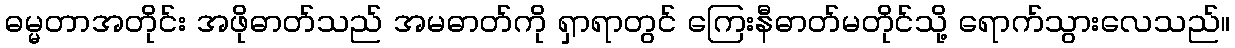
ဓမ္မတာအတိုင်း အဖိုဓာတ်သည် အမဓာတ်ကို ရှာရာတွင် ကြေးနီဓာတ်မတိုင်သို့ ရောက်သွားလေသည်။